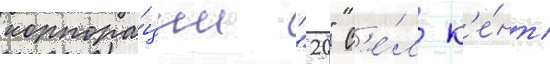
корпора́ции "20" с'е́л к'е́нт